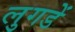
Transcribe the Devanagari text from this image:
लुगडें